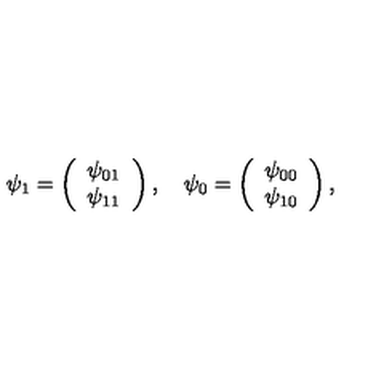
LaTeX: \psi _ { 1 } = \left( \begin{array} { c } { \psi _ { 0 1 } } \\ { \psi _ { 1 1 } } \\ \end{array} \right) , \quad \psi _ { 0 } = \left( \begin{array} { c } { \psi _ { 0 0 } } \\ { \psi _ { 1 0 } } \\ \end{array} \right) ,